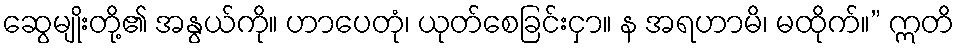
ဆွေမျိုးတို့၏ အနွယ်ကို။ ဟာပေတုံ၊ ယုတ်စေခြင်းငှာ။ န အရဟာမိ၊ မထိုက်။” ဣတိ